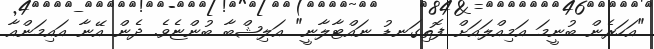
"އަހަރެން ބުނީމަ އަމިއްލައަށް ފޮތިގަނޑު ނައްޓާލާނީ" އަލިޝްބާ ބުންޏެވެ. ދެން އޭނާ އައިމަންއާ